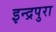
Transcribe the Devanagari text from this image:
इन्द्रपुरा